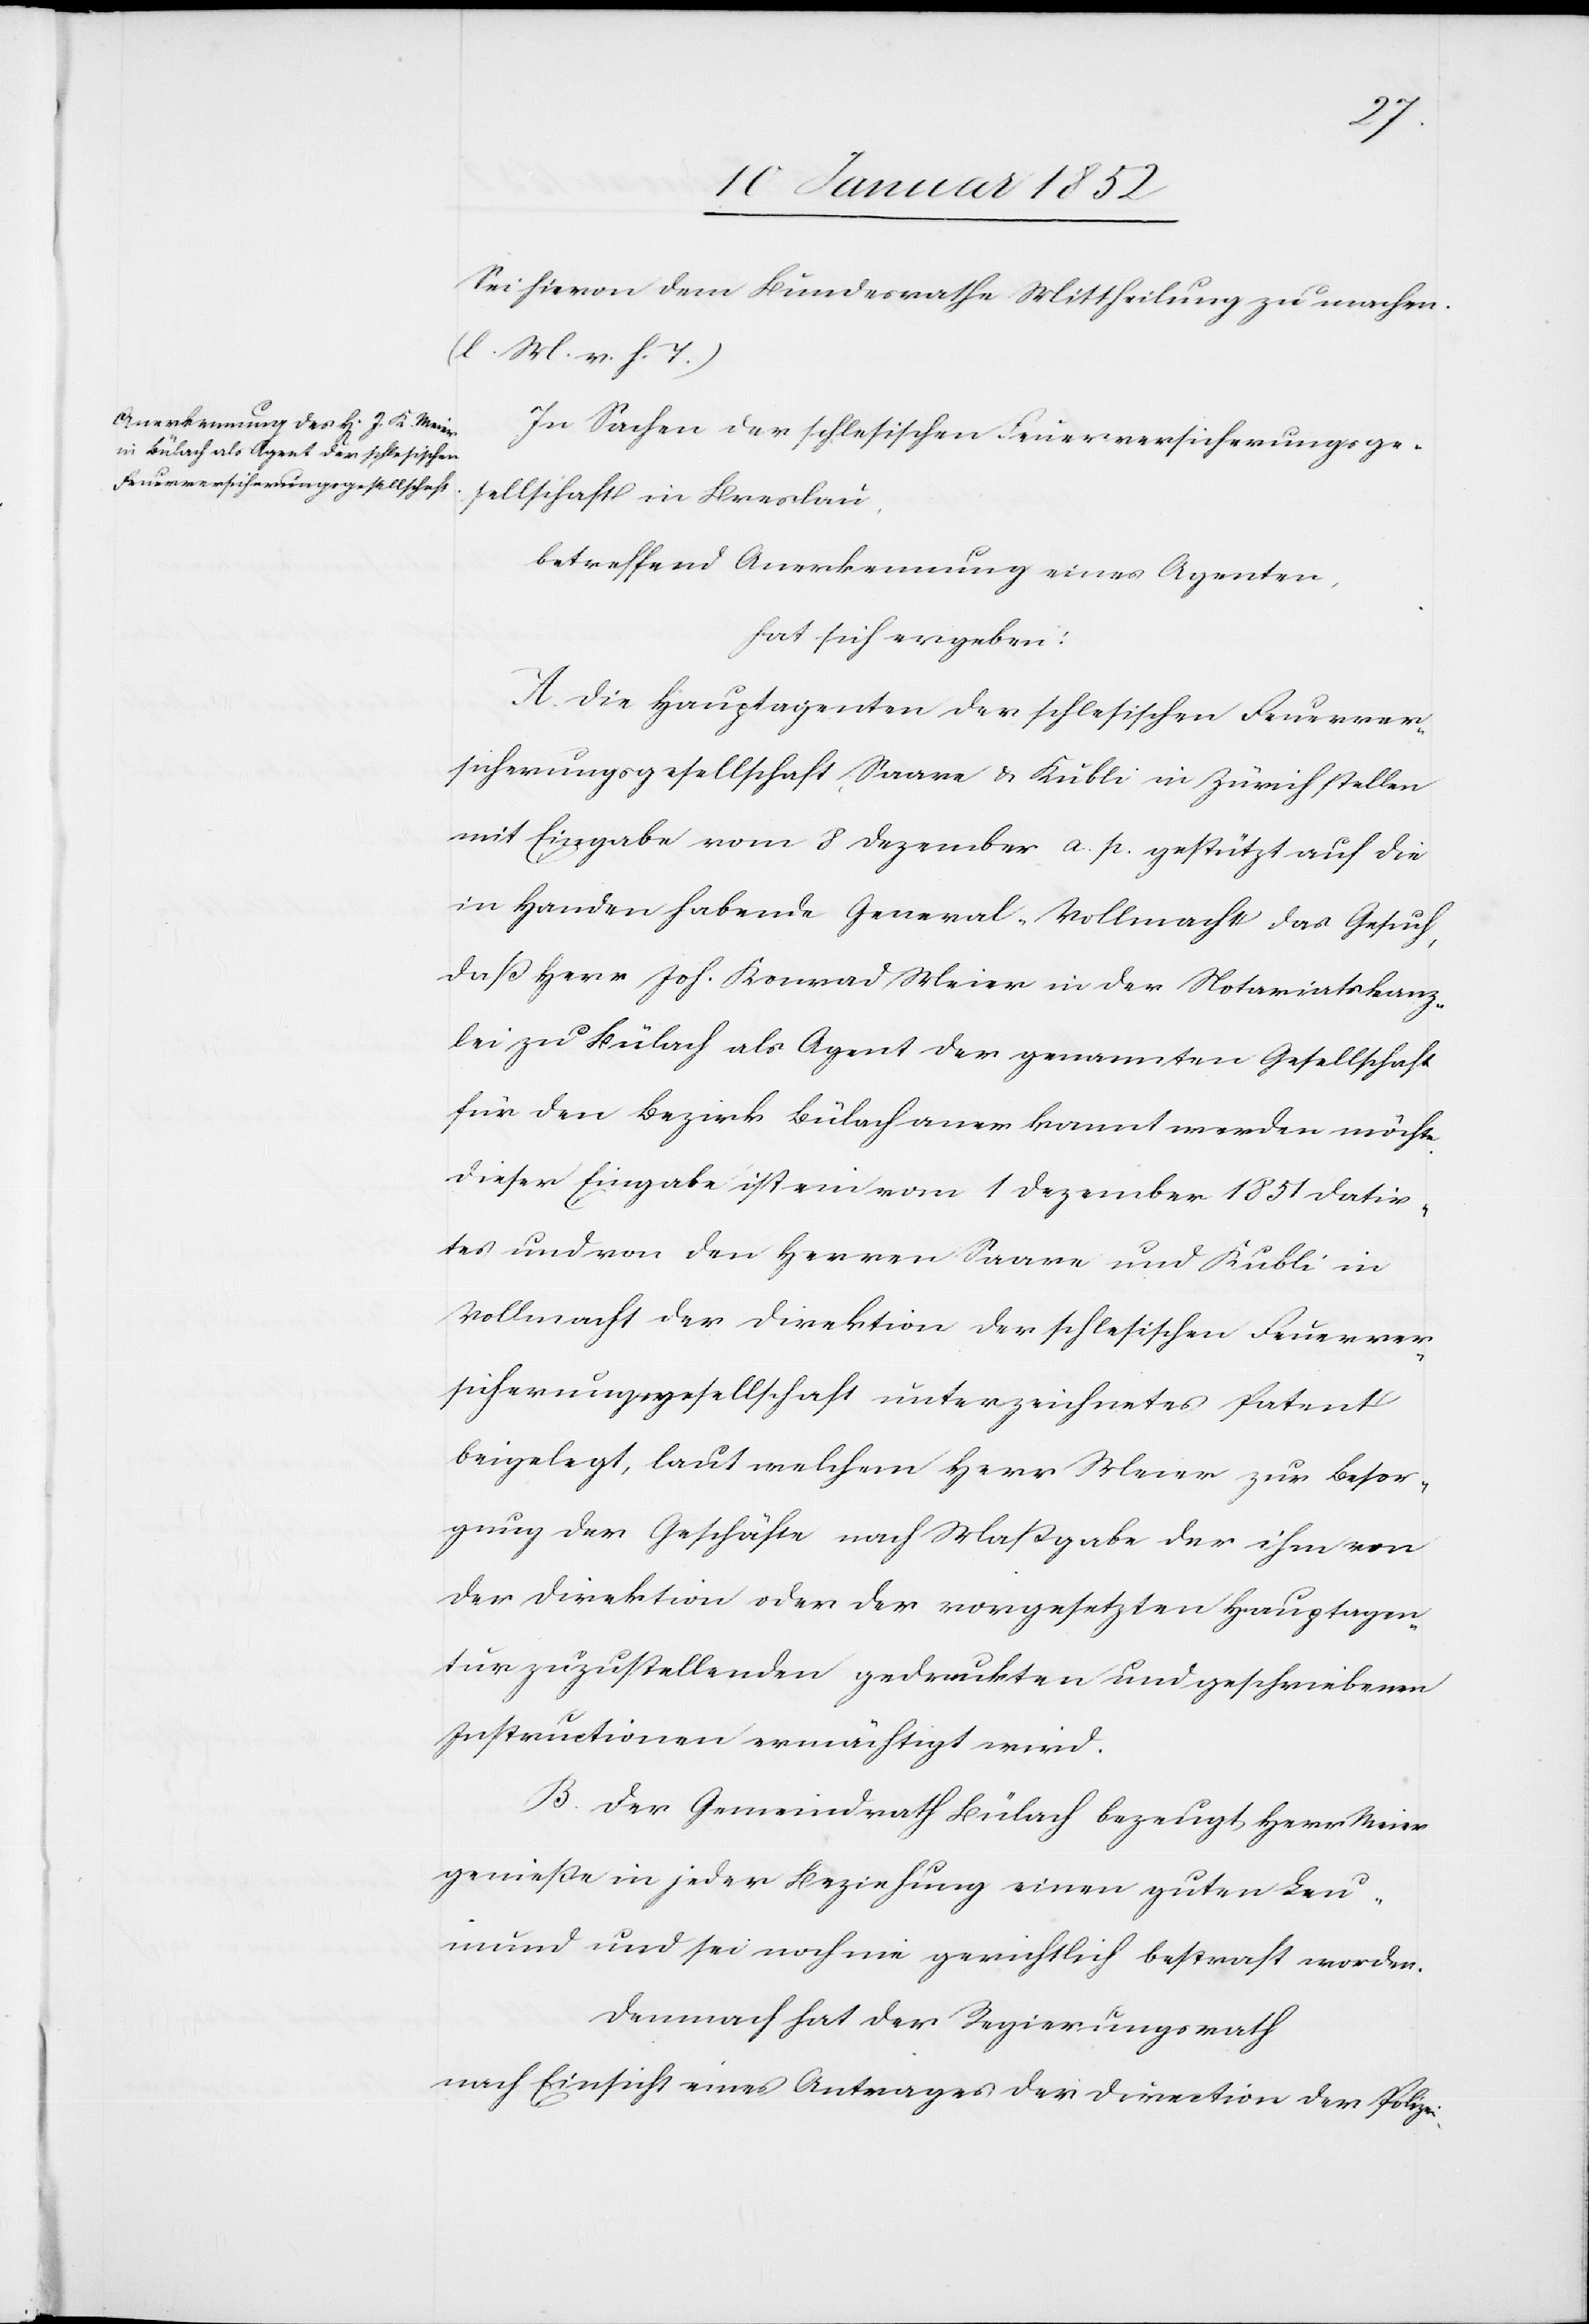
Sei hievon dem Bezirksrathe Mittheilung zu machen
(l. M. v. h. T.)[.]
In Sachen der schlesischen Feuerversicherungsge¬
sellschaft in Breslau
betreffend Anerkennung eines Agenten
hat sich ergeben:
A. Die Hauptagenten der schlesischen Feuerver¬
in Handen habende General-Vollmacht das Gesuch,
daß Herr Joh. Konrad Meier in der Notariatskanz¬
lei zu Bülach als Agent der genannten Gesellschaft
für den Bezirk Bülach anerkannt werden möchte.
Dieser Eingabe ist ein vom 1 Dezember 1851 datir¬
tes und von den Herren Saare und Kubli in
Vollmacht der Direktion der schlesischen Feuerver¬
sicherungsgesellschaft unterzeichnetes Patent
beigelegt, laut welchem Herr Meier zur Besor¬
gung der Geschäfte nach Maßgabe der ihm von
der Direktion oder der vorgesetzten Hauptagen¬
tur zuzustellenden gedruckten und geschriebenen
Instructionen ermächtigt wird.
B. Der Gemeindrath Bülach bezeugt, Herr Meier
genieße in jeder Beziehung einen guten Leu¬
mund und sei noch nie gerichtlich bestraft worden.
Demnach hat der Regierungsrath
nach Einsicht eines Antrages der Direktion der Polizei